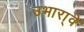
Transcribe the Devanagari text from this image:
उभारा्वे